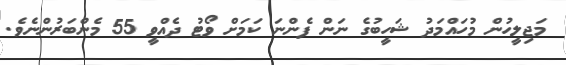
މަޖިލީހުން މުހައްމަދު ޝަހީބުގެ ނަން ފެންނަ ކަމަށް ވޯޓު ދެއްވީ 55 މެންބަރުންނެވެ.